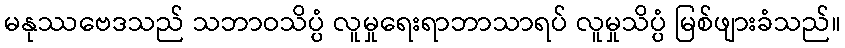
မနုဿဗေဒသည် သဘာဝသိပ္ပံ လူမှုရေးရာဘာသာရပ် လူမှုသိပ္ပံ မြစ်ဖျားခံသည်။